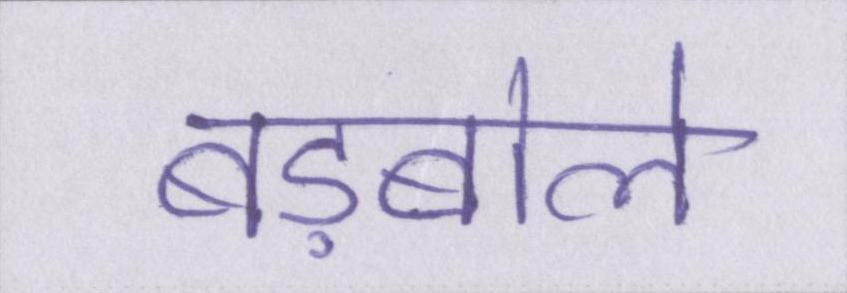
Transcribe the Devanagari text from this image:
बड़बोले